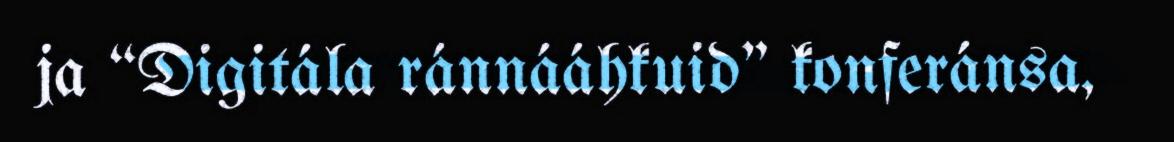
ja “Digitála ránnááhkuid" konferánsa,